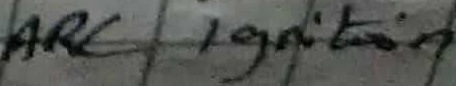
Text: ARC Ignition